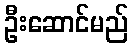
ဦးဆောင်မည်